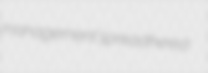
management's preadhered